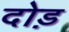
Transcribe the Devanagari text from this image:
दोड़